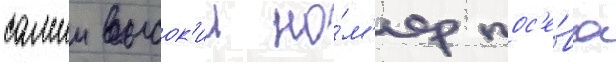
самыи высок'ии но́м'ер пос'е́ва